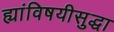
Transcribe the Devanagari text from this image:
ह्यांविषयीसुद्धा